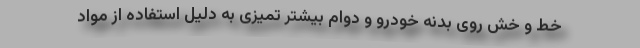
خط و خش روی بدنه خودرو و دوام بیشتر تمیزی به دلیل استفاده از مواد